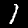
Label: 1